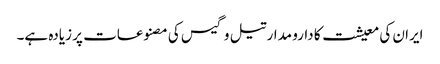
ایران کی معیشت کا دارو مدار تیل و گیس کی مصنوعات پر زیادہ ہے۔